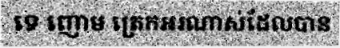
ទេ ញោម ត្រេកអរណាស់ដែលបាន